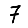
Digit: 7